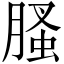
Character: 𦞣